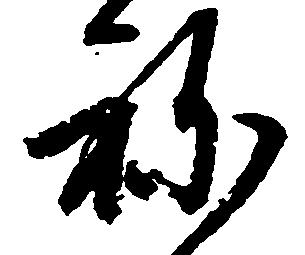
ね